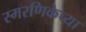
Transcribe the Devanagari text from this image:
स्मरणिकेच्या